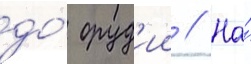
до́ оруд'ии // На́